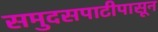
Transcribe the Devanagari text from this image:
समुदसपाटीपासून